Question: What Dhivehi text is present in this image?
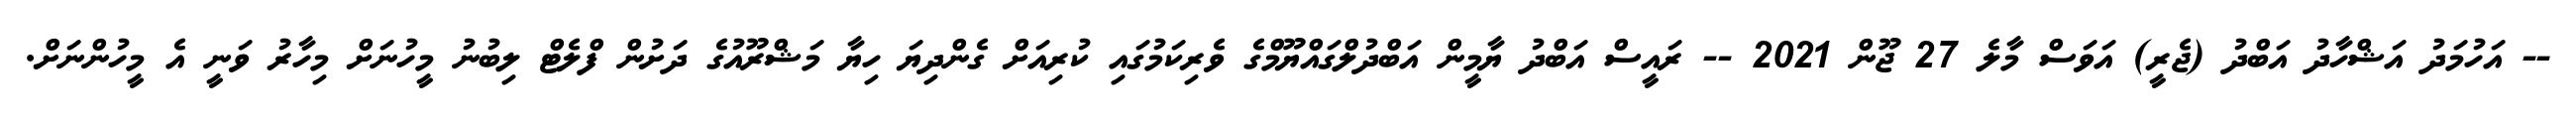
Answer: -- އަހުމަދު އަޝްހާދު އަބްދު (ޖެރީ) އަވަސް މާލެ 27 ޖޫން 2021 -- ރައީސް އަބްދު ޔާމީން އަބްދުލްގައްޔޫމްގެ ވެރިކަމުގައި ކުރިއަށް ގެންދިޔަ ހިޔާ މަޝްރޫއުގެ ދަށުން ފްލެޓް ލިބުނު މީހުނަށް މިހާރު ވަނީ އެ މީހުންނަށް.